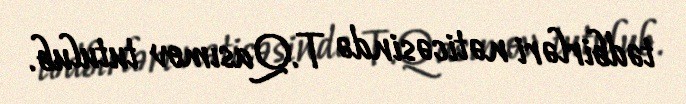
tədbirləri nəticəsində T.Qasımov tutulub.